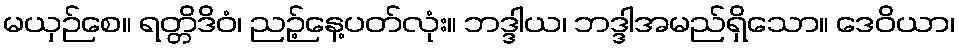
မယှဉ်စေ။ ရတ္တိဒိဝံ၊ ညဉ့်နေ့ပတ်လုံး။ ဘဒ္ဒါယ၊ ဘဒ္ဒါအမည်ရှိသော။ ဒေဝိယာ၊